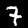
Label: 7